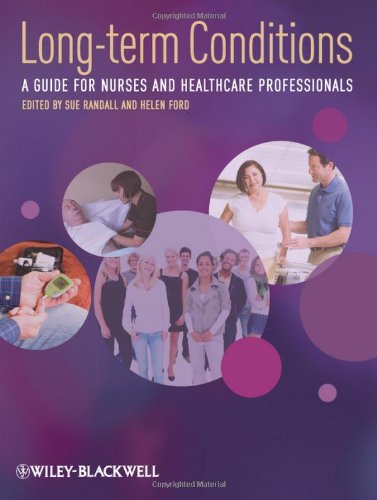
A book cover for Long-Term Conditions: A Guide for Nurses and Healthcare Professionals; Medical Books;